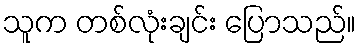
သူက တစ်လုံးချင်း ပြောသည်။